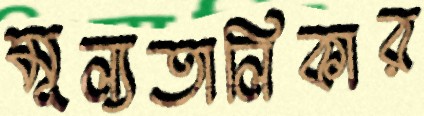
মূল্যতালিকার